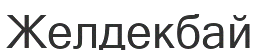
Желдекбай